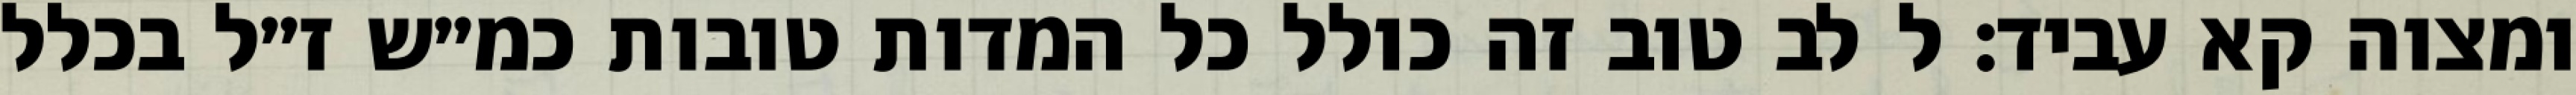
ומצוה קא עביד: ל לב טוב זה כולל כל המדות טובות כמ״ש ז״ל בכלל